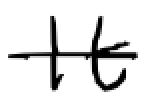
Text: It
Cross-out: single-line
Writing tool: digital_black